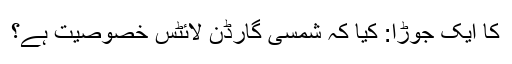
کا ایک جوڑا: کیا کہ شمسی گارڈن لائٹس خصوصیت ہے؟